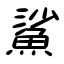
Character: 鯊